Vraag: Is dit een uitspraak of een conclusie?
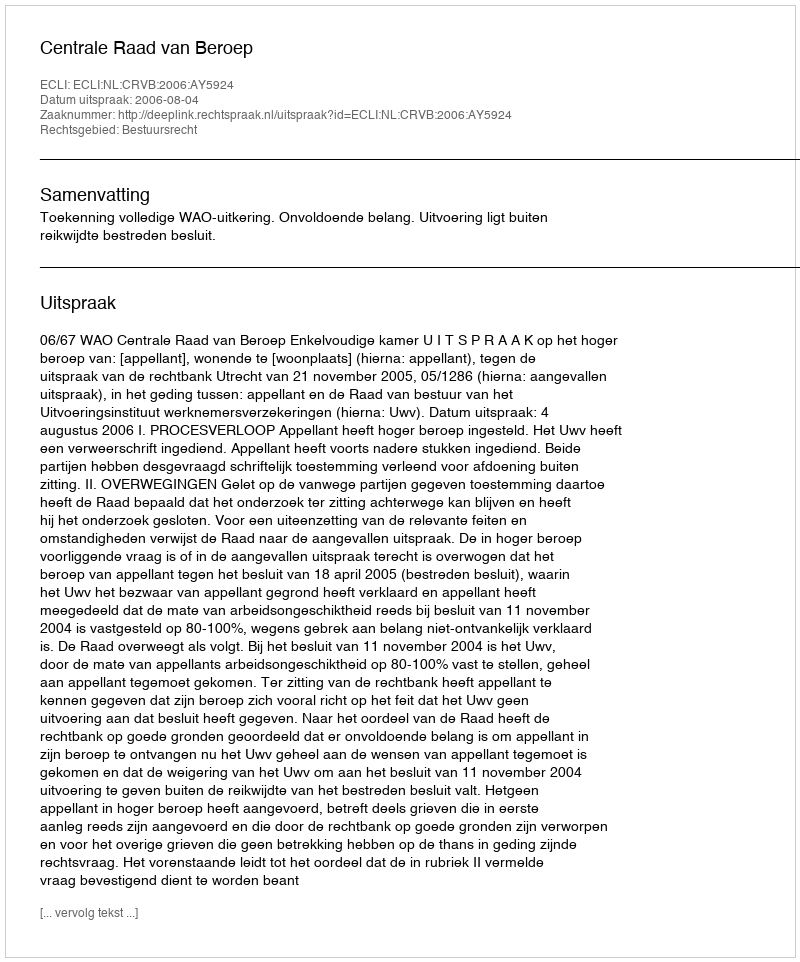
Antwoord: Uitspraak